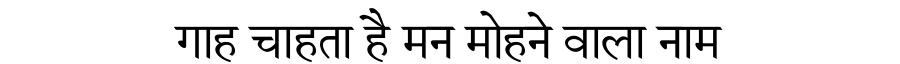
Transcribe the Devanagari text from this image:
गाह चाहता है मन मोहने वाला नाम